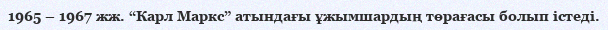
1965 – 1967 жж. “Карл Маркс” атындағы ұжымшардың төрағасы болып істеді.